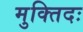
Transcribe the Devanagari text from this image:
मुक्तिदः